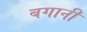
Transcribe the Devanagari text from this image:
बगानी